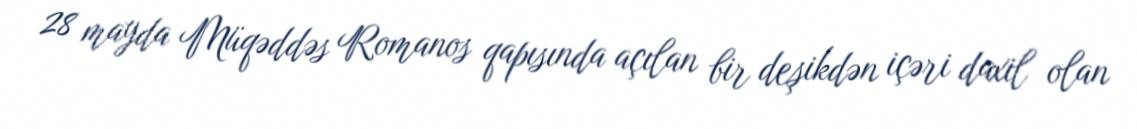
28 mayda Müqəddəs Romanos qapısında açılan bir deşikdən içəri daxil olan